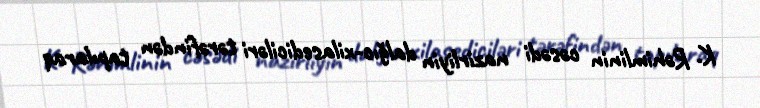
K. Rəhimlinin cəsədi nazirliyin dalğıc-xilasediciləri tərəfindən tapılaraq